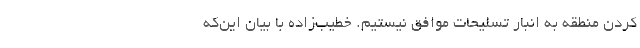
کردن منطقه به انبار تسلیحات موافق نیستیم. خطیب‌زاده با بیان این‌که